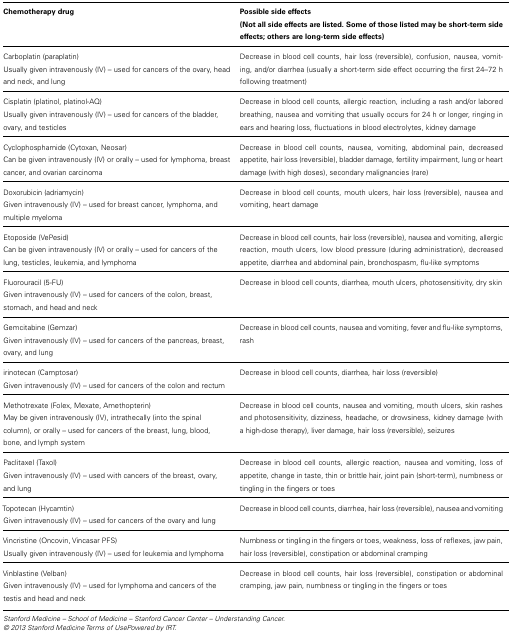
<table><thead><tr><td><b>Chemotherapy drug</b></td><td><b>Possible side effects (Not all side effects are listed. Some of those listed may be short-term side effects; others are long-term side effects)</b></td></tr></thead><tbody><tr><td>Carboplatin (paraplatin) Usually given intravenously (IV) – used for cancers of the ovary, head and neck, and lung</td><td>Decrease in blood cell counts, hair loss (reversible), confusion, nausea, vomiting, and/or diarrhea (usually a short-term side effect occurring the first 24–72 h following treatment)</td></tr><tr><td>Cisplatin (platinol, platinol-AQ) Usually given intravenously (IV) – used for cancers of the bladder, ovary, and testicles</td><td>Decrease in blood cell counts, allergic reaction, including a rash and/or labored breathing, nausea and vomiting that usually occurs for 24 h or longer, ringing in ears and hearing loss, fluctuations in blood electrolytes, kidney damage</td></tr><tr><td>Cyclophosphamide (Cytoxan, Neosar) Can be given intravenously (IV) or orally – used for lymphoma, breast cancer, and ovarian carcinoma</td><td>Decrease in blood cell counts, nausea, vomiting, abdominal pain, decreased appetite, hair loss (reversible), bladder damage, fertility impairment, lung or heart damage (with high doses), secondary malignancies (rare)</td></tr><tr><td>Doxorubicin (adriamycin) Given intravenously (IV) – used for breast cancer, lymphoma, and multiple myeloma</td><td>Decrease in blood cell counts, mouth ulcers, hair loss (reversible), nausea and vomiting, heart damage</td></tr><tr><td>Etoposide (VePesid) Can be given intravenously (IV) or orally – used for cancers of the lung, testicles, leukemia, and lymphoma</td><td>Decrease in blood cell counts, hair loss (reversible), nausea and vomiting, allergic reaction, mouth ulcers, low blood pressure (during administration), decreased appetite, diarrhea and abdominal pain, bronchospasm, flu-like symptoms</td></tr><tr><td>Fluorouracil (5-FU) Given intravenously (IV) – used for cancers of the colon, breast, stomach, and head and neck</td><td>Decrease in blood cell counts, diarrhea, mouth ulcers, photosensitivity, dry skin</td></tr><tr><td>Gemcitabine (Gemzar) Given intravenously (IV) – used for cancers of the pancreas, breast, ovary, and lung</td><td>Decrease in blood cell counts, nausea and vomiting, fever and flu-like symptoms, rash</td></tr><tr><td>irinotecan (Camptosar) Given intravenously (IV) – used for cancers of the colon and rectum</td><td>Decrease in blood cell counts, diarrhea, hair loss (reversible)</td></tr><tr><td>Methotrexate (Folex, Mexate, Amethopterin) May be given intravenously (IV), intrathecally (into the spinal column), or orally – used for cancers of the breast, lung, blood, bone, and lymph system</td><td>Decrease in blood cell counts, nausea and vomiting, mouth ulcers, skin rashes and photosensitivity, dizziness, headache, or drowsiness, kidney damage (with a high-dose therapy), liver damage, hair loss (reversible), seizures</td></tr><tr><td>Paclitaxel (Taxol) Given intravenously (IV) – used with cancers of the breast, ovary, and lung</td><td>Decrease in blood cell counts, allergic reaction, nausea and vomiting, loss of appetite, change in taste, thin or brittle hair, joint pain (short-term), numbness or tingling in the fingers or toes</td></tr><tr><td>Topotecan (Hycamtin) Given intravenously (IV) – used for cancers of the ovary and lung</td><td>Decrease in blood cell counts, diarrhea, hair loss (reversible), nausea and vomiting</td></tr><tr><td>Vincristine (Oncovin, Vincasar PFS) Usually given intravenously (IV) – used for leukemia and lymphoma</td><td>Numbness or tingling in the fingers or toes, weakness, loss of reflexes, jaw pain, hair loss (reversible), constipation or abdominal cramping</td></tr><tr><td>Vinblastine (Velban) Given intravenously (IV) – used for lymphoma and cancers of the testis and head and neck</td><td>Decrease in blood cell counts, hair loss (reversible), constipation or abdominal cramping, jaw pain, numbness or tingling in the fingers or toes</td></tr></tbody></table>